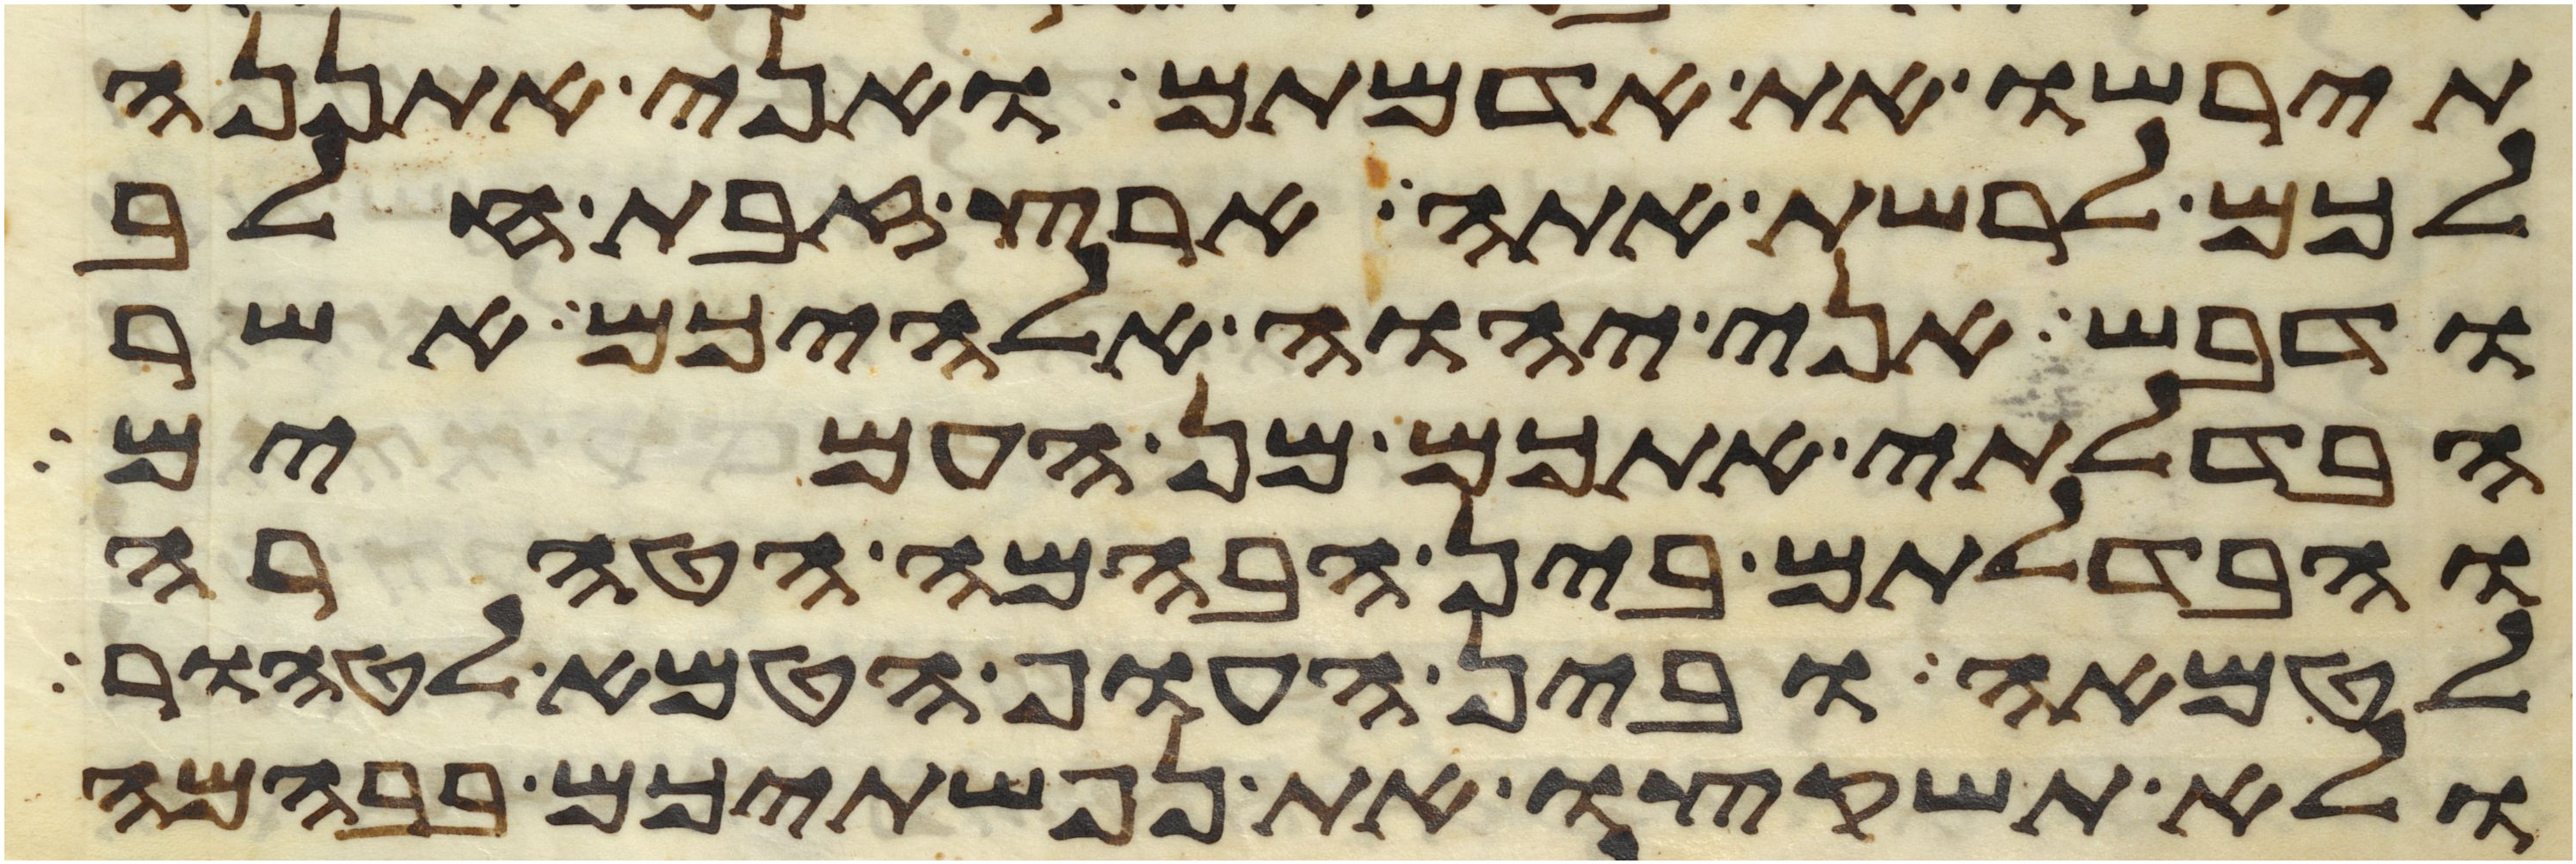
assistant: תירשו את אדמתם ואני אתננה
לכם לרשת אתה ארץ זבת חלב
ודבש אני יהוה אלהיכם אשר
הבדלתי אתכם מן העמים
והבדלתם בין הבהמה הטהרה
לטמאה ובין העוף הטמא לטהור
ולא תשקצו את נפשתיכם בבהמה